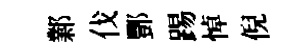
鄴伐酆踢悼倪